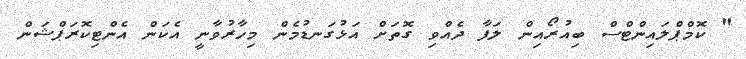
" ކޮމްޕްލައިންޓްސް ބިއުރޯއިން ލަފާ ދެއްވި ގޮތަށް އަޅުގަނޑުމެން މިހާރުވާނީ އެކަން އެންޓިކޮރަޕްޝަން